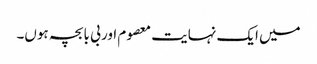
میں ایک نہایت معصوم اور بی با بچہ ہوں۔